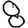
Digit: 8